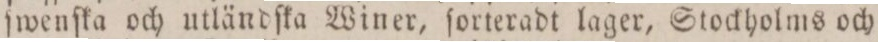
ſwenſka och utländſka Winer, ſorteradt lager, Stockholms och